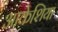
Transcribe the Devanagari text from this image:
आकेशिया